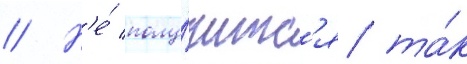
// Н'е́ полу́читс'я та́к